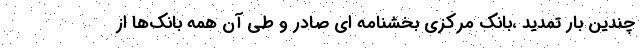
چندین بار تمدید ،بانک مرکزی بخشنامه ای صادر و طی آن همه بانک‌ها از